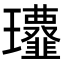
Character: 𩐔